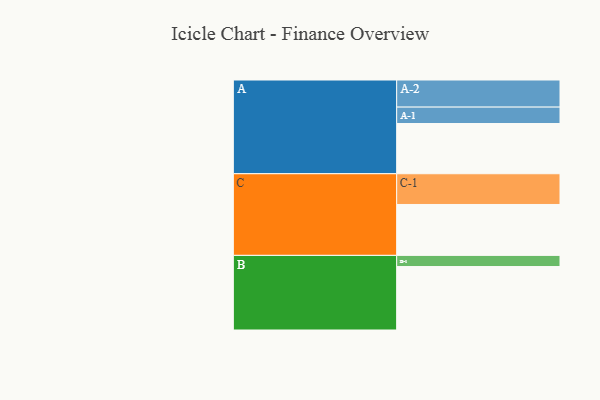
{"axis": {"x": "Segment", "y": "Value"}, "legend": ["", "A", "B", "C"], "data": [{"x": "A", "y": 428, "type": ""}, {"x": "B", "y": 541, "type": ""}, {"x": "C", "y": 434, "type": ""}, {"x": "A-1", "y": 140, "type": "A"}, {"x": "A-2", "y": 231, "type": "A"}, {"x": "B-1", "y": 95, "type": "B"}, {"x": "C-1", "y": 262, "type": "C"}]}